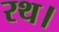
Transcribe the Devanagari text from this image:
रथ।